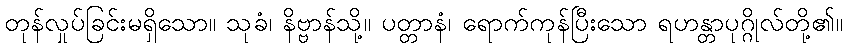
တုန်လှုပ်ခြင်းမရှိသော။ သုခံ၊ နိဗ္ဗာန်သို့။ ပတ္တာနံ၊ ရောက်ကုန်ပြီးသော ရဟန္တာပုဂ္ဂိုလ်တို့၏။